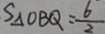
S _ { \Delta } O B Q = \frac { 6 } { 2 }